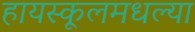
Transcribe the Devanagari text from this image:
हायस्कूलमधल्या